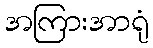
အကြားအာရုံ